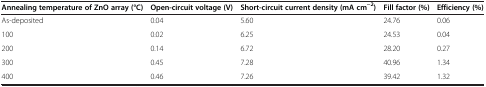
<table><thead><tr><td><b>Annealing temperature of ZnO array (°C)</b></td><td><b>Open-circuit voltage (V)</b></td><td><b>Short-circuit current density (mA cm<sup>−2</sup>)</b></td><td><b>Fill factor (%)</b></td><td><b>Efficiency (%)</b></td></tr></thead><tbody><tr><td>As-deposited</td><td>0.04</td><td>5.60</td><td>24.76</td><td>0.06</td></tr><tr><td>100</td><td>0.02</td><td>6.25</td><td>24.53</td><td>0.04</td></tr><tr><td>200</td><td>0.14</td><td>6.72</td><td>28.20</td><td>0.27</td></tr><tr><td>300</td><td>0.45</td><td>7.28</td><td>40.96</td><td>1.34</td></tr><tr><td>400</td><td>0.46</td><td>7.26</td><td>39.42</td><td>1.32</td></tr></tbody></table>